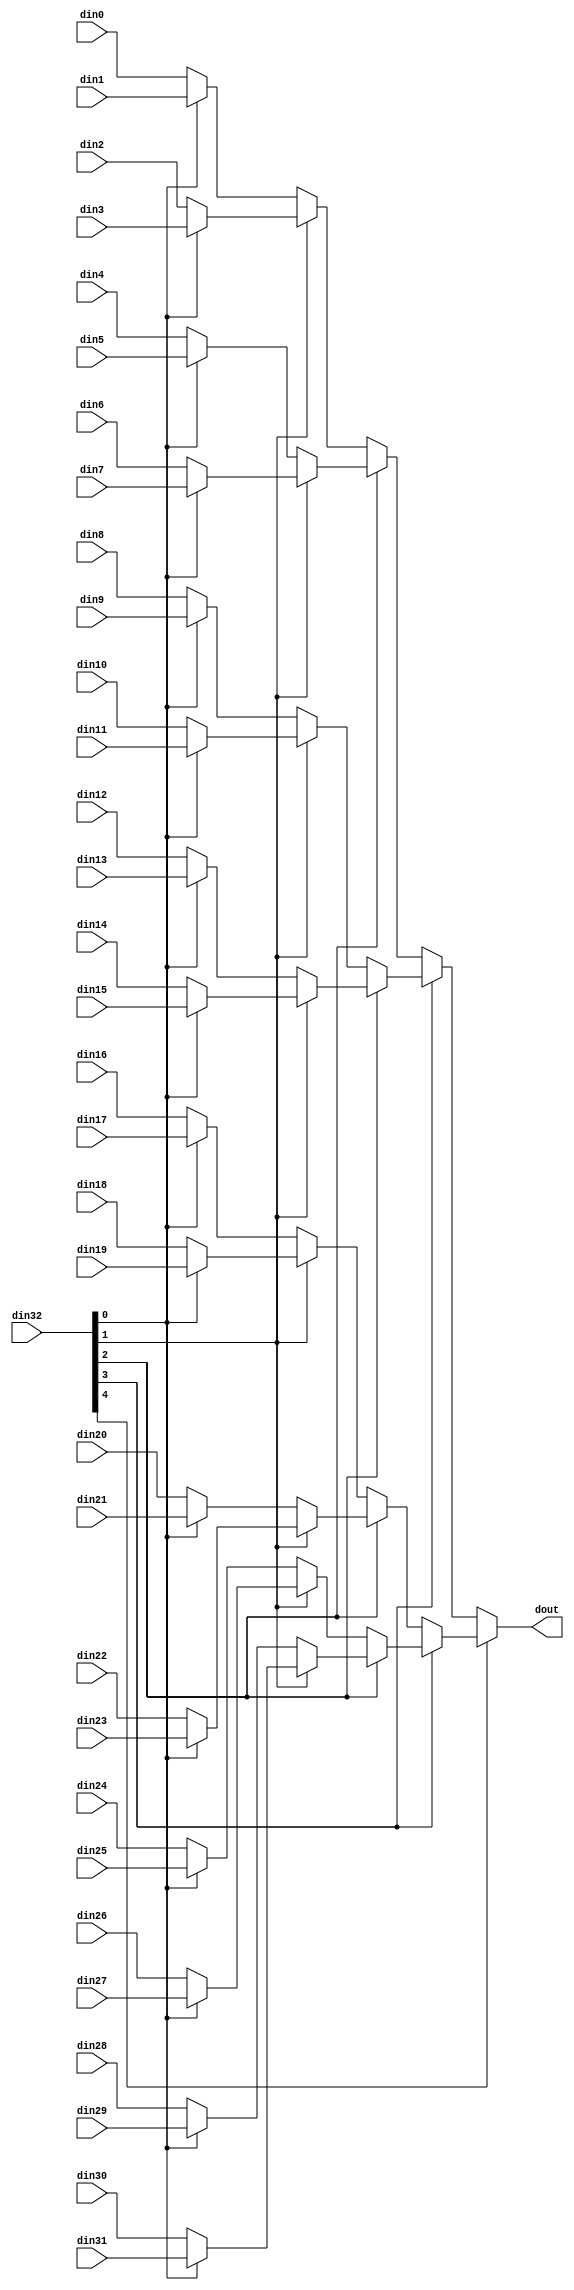
// ==============================================================
// Vivado(TM) HLS - High-Level Synthesis from C, C++ and SystemC v2019.2 (64-bit)
// Copyright 1986-2019 Xilinx, Inc. All Rights Reserved.
// ==============================================================

`timescale 1ns/1ps

module myproject_mux_325_512_1_1 #(
parameter
    ID                = 0,
    NUM_STAGE         = 1,
    din0_WIDTH       = 32,
    din1_WIDTH       = 32,
    din2_WIDTH       = 32,
    din3_WIDTH       = 32,
    din4_WIDTH       = 32,
    din5_WIDTH       = 32,
    din6_WIDTH       = 32,
    din7_WIDTH       = 32,
    din8_WIDTH       = 32,
    din9_WIDTH       = 32,
    din10_WIDTH       = 32,
    din11_WIDTH       = 32,
    din12_WIDTH       = 32,
    din13_WIDTH       = 32,
    din14_WIDTH       = 32,
    din15_WIDTH       = 32,
    din16_WIDTH       = 32,
    din17_WIDTH       = 32,
    din18_WIDTH       = 32,
    din19_WIDTH       = 32,
    din20_WIDTH       = 32,
    din21_WIDTH       = 32,
    din22_WIDTH       = 32,
    din23_WIDTH       = 32,
    din24_WIDTH       = 32,
    din25_WIDTH       = 32,
    din26_WIDTH       = 32,
    din27_WIDTH       = 32,
    din28_WIDTH       = 32,
    din29_WIDTH       = 32,
    din30_WIDTH       = 32,
    din31_WIDTH       = 32,
    din32_WIDTH         = 32,
    dout_WIDTH            = 32
)(
    input  [511 : 0]     din0,
    input  [511 : 0]     din1,
    input  [511 : 0]     din2,
    input  [511 : 0]     din3,
    input  [511 : 0]     din4,
    input  [511 : 0]     din5,
    input  [511 : 0]     din6,
    input  [511 : 0]     din7,
    input  [511 : 0]     din8,
    input  [511 : 0]     din9,
    input  [511 : 0]     din10,
    input  [511 : 0]     din11,
    input  [511 : 0]     din12,
    input  [511 : 0]     din13,
    input  [511 : 0]     din14,
    input  [511 : 0]     din15,
    input  [511 : 0]     din16,
    input  [511 : 0]     din17,
    input  [511 : 0]     din18,
    input  [511 : 0]     din19,
    input  [511 : 0]     din20,
    input  [511 : 0]     din21,
    input  [511 : 0]     din22,
    input  [511 : 0]     din23,
    input  [511 : 0]     din24,
    input  [511 : 0]     din25,
    input  [511 : 0]     din26,
    input  [511 : 0]     din27,
    input  [511 : 0]     din28,
    input  [511 : 0]     din29,
    input  [511 : 0]     din30,
    input  [511 : 0]     din31,
    input  [4 : 0]    din32,
    output [511 : 0]   dout);

// puts internal signals
wire [4 : 0]     sel;
// level 1 signals
wire [511 : 0]         mux_1_0;
wire [511 : 0]         mux_1_1;
wire [511 : 0]         mux_1_2;
wire [511 : 0]         mux_1_3;
wire [511 : 0]         mux_1_4;
wire [511 : 0]         mux_1_5;
wire [511 : 0]         mux_1_6;
wire [511 : 0]         mux_1_7;
wire [511 : 0]         mux_1_8;
wire [511 : 0]         mux_1_9;
wire [511 : 0]         mux_1_10;
wire [511 : 0]         mux_1_11;
wire [511 : 0]         mux_1_12;
wire [511 : 0]         mux_1_13;
wire [511 : 0]         mux_1_14;
wire [511 : 0]         mux_1_15;
// level 2 signals
wire [511 : 0]         mux_2_0;
wire [511 : 0]         mux_2_1;
wire [511 : 0]         mux_2_2;
wire [511 : 0]         mux_2_3;
wire [511 : 0]         mux_2_4;
wire [511 : 0]         mux_2_5;
wire [511 : 0]         mux_2_6;
wire [511 : 0]         mux_2_7;
// level 3 signals
wire [511 : 0]         mux_3_0;
wire [511 : 0]         mux_3_1;
wire [511 : 0]         mux_3_2;
wire [511 : 0]         mux_3_3;
// level 4 signals
wire [511 : 0]         mux_4_0;
wire [511 : 0]         mux_4_1;
// level 5 signals
wire [511 : 0]         mux_5_0;

assign sel = din32;

// Generate level 1 logic
assign mux_1_0 = (sel[0] == 0)? din0 : din1;
assign mux_1_1 = (sel[0] == 0)? din2 : din3;
assign mux_1_2 = (sel[0] == 0)? din4 : din5;
assign mux_1_3 = (sel[0] == 0)? din6 : din7;
assign mux_1_4 = (sel[0] == 0)? din8 : din9;
assign mux_1_5 = (sel[0] == 0)? din10 : din11;
assign mux_1_6 = (sel[0] == 0)? din12 : din13;
assign mux_1_7 = (sel[0] == 0)? din14 : din15;
assign mux_1_8 = (sel[0] == 0)? din16 : din17;
assign mux_1_9 = (sel[0] == 0)? din18 : din19;
assign mux_1_10 = (sel[0] == 0)? din20 : din21;
assign mux_1_11 = (sel[0] == 0)? din22 : din23;
assign mux_1_12 = (sel[0] == 0)? din24 : din25;
assign mux_1_13 = (sel[0] == 0)? din26 : din27;
assign mux_1_14 = (sel[0] == 0)? din28 : din29;
assign mux_1_15 = (sel[0] == 0)? din30 : din31;

// Generate level 2 logic
assign mux_2_0 = (sel[1] == 0)? mux_1_0 : mux_1_1;
assign mux_2_1 = (sel[1] == 0)? mux_1_2 : mux_1_3;
assign mux_2_2 = (sel[1] == 0)? mux_1_4 : mux_1_5;
assign mux_2_3 = (sel[1] == 0)? mux_1_6 : mux_1_7;
assign mux_2_4 = (sel[1] == 0)? mux_1_8 : mux_1_9;
assign mux_2_5 = (sel[1] == 0)? mux_1_10 : mux_1_11;
assign mux_2_6 = (sel[1] == 0)? mux_1_12 : mux_1_13;
assign mux_2_7 = (sel[1] == 0)? mux_1_14 : mux_1_15;

// Generate level 3 logic
assign mux_3_0 = (sel[2] == 0)? mux_2_0 : mux_2_1;
assign mux_3_1 = (sel[2] == 0)? mux_2_2 : mux_2_3;
assign mux_3_2 = (sel[2] == 0)? mux_2_4 : mux_2_5;
assign mux_3_3 = (sel[2] == 0)? mux_2_6 : mux_2_7;

// Generate level 4 logic
assign mux_4_0 = (sel[3] == 0)? mux_3_0 : mux_3_1;
assign mux_4_1 = (sel[3] == 0)? mux_3_2 : mux_3_3;

// Generate level 5 logic
assign mux_5_0 = (sel[4] == 0)? mux_4_0 : mux_4_1;

// output logic
assign dout = mux_5_0;

endmodule